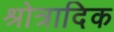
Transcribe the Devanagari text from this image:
श्रोत्रादिक